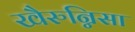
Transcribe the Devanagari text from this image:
खैरुन्निसा